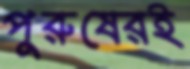
পুরুষেরই